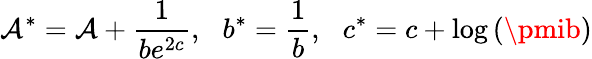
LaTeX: \mathcal{A}^{*}=\mathcal{A}+\frac{{1}}{{be^{2c}}},\: \: \: b^{*}=\frac{{1}}{{b}},\: \: \: c^{*}=c+\log\left(\pmib\right)